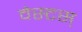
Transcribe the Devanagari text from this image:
वेस्टस्‌